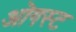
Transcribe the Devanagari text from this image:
ऒगस्ट